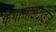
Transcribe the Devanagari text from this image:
फेगोसाइटाइज़